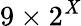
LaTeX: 9\times2^{\mathit{X}}